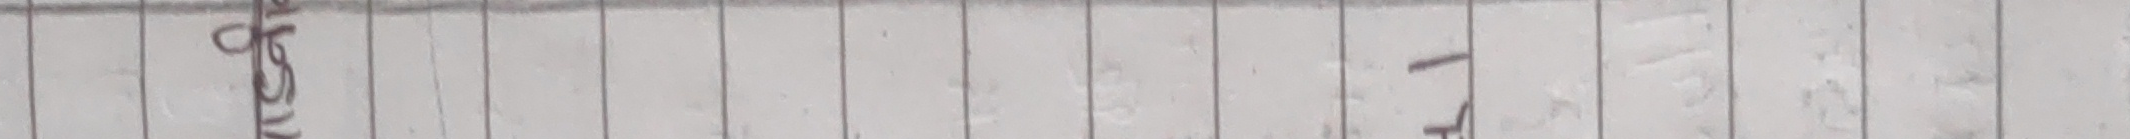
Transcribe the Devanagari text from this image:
१५